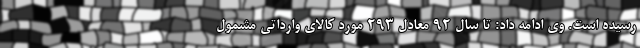
رسیده است. وی ادامه داد: تا سال 92 معادل 293 مورد کالای وارداتی مشمول